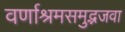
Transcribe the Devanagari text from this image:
वर्णाश्रमसमुद्भजवा